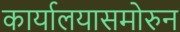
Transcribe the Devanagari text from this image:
कार्यालयासमोरुन